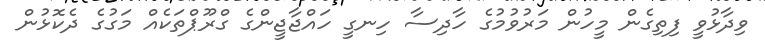
ވިދާޅުވީ ފިތިގެން މީހުން މަރުވުމުގެ ހާދިސާ ހިނގީ ހައްޖާޖީންގެ ގްރޫޕްތަކެއް މަގުގެ ދެކޮޅުން